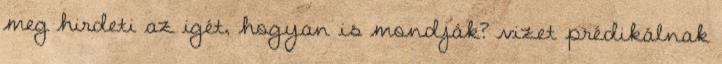
meg hirdeti az igét, hogyan is mondják? vizet prédikálnak